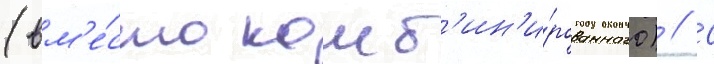
(вм'е́сто комб'ин'и́рованного) // С